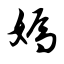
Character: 嫣